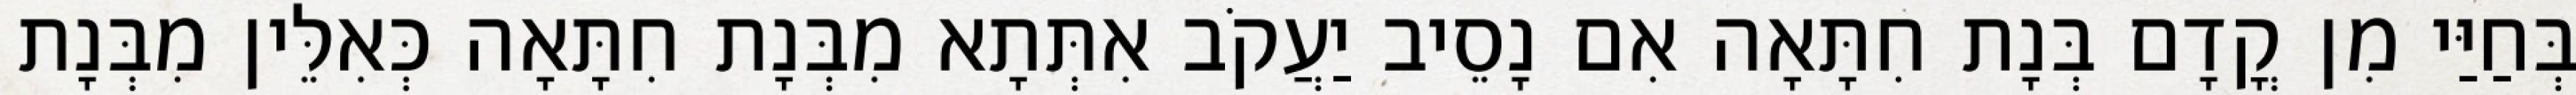
בְּחַיַּי מִן קֳדָם בְּנָת חִתָּאָה אִם נָסֵיב יַעֲקֹב אִתְּתָא מִבְּנָת חִתָּאָה כְּאִלֵּין מִבְּנָת